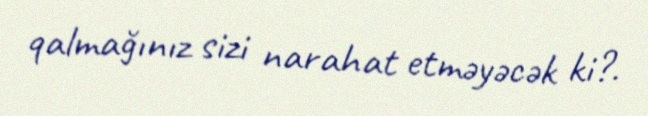
qalmağınız sizi narahat etməyəcək ki?.